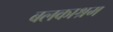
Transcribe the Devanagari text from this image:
बलकाश्रम